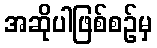
အဆိုပါဖြစ်စဉ်မှ